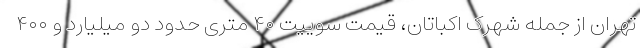
تهران از جمله شهرک اکباتان، قیمت سوییت ۴۰ متری حدود دو میلیارد و ۴۰۰